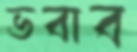
ভবাব